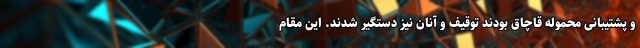
و پشتیبانی محموله قاچاق بودند توقیف و آنان نیز دستگیر شدند. این مقام